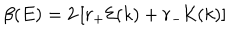
LaTeX: \beta ( E ) = 2 \left[ r _ { + } { \cal E } ( k ) + r _ { - } { \cal K } ( k ) \right]